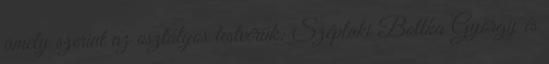
amely szerint az osztályos testvérük: Széplaki Bottka György és